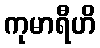
ကုမာရီဟိ